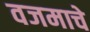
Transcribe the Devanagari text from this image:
वजमाचे